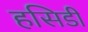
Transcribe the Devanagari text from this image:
हसिडी